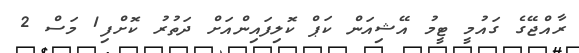
ރާއްޖޭގެ ގައުމީ ޓީމު އޭޝިއަން ކަޕް ކޮލިފައިންއަށް ދަތުރު ކޮށްފި1 މަސް 2